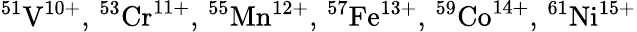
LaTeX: ^{51}\mathrm{V}^{10+},\phantom{\rule{0.16em}{0ex}}^{53}\mathrm{Cr}^{11+},\phantom{\rule{0.16em}{0ex}}^{55}\mathrm{Mn}^{12+},\phantom{\rule{0.16em}{0ex}}^{57}\mathrm{Fe}^{13+},\phantom{\rule{0.16em}{0ex}}^{59}\mathrm{Co}^{14+},\phantom{\rule{0.16em}{0ex}}^{61}\mathrm{Ni}^{15+}